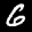
Digit: 6